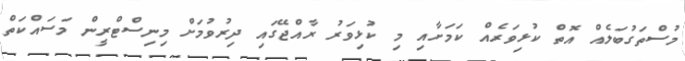
މުސްތަގުބަލެއް އޮތް ކުޅިވަރެއް ކަމަށާއި މި ކުޅިވަރު ރާއްޖޭގައި ދިރުވުމަށް މިނިސްޓްރީން މަސައްކަތް